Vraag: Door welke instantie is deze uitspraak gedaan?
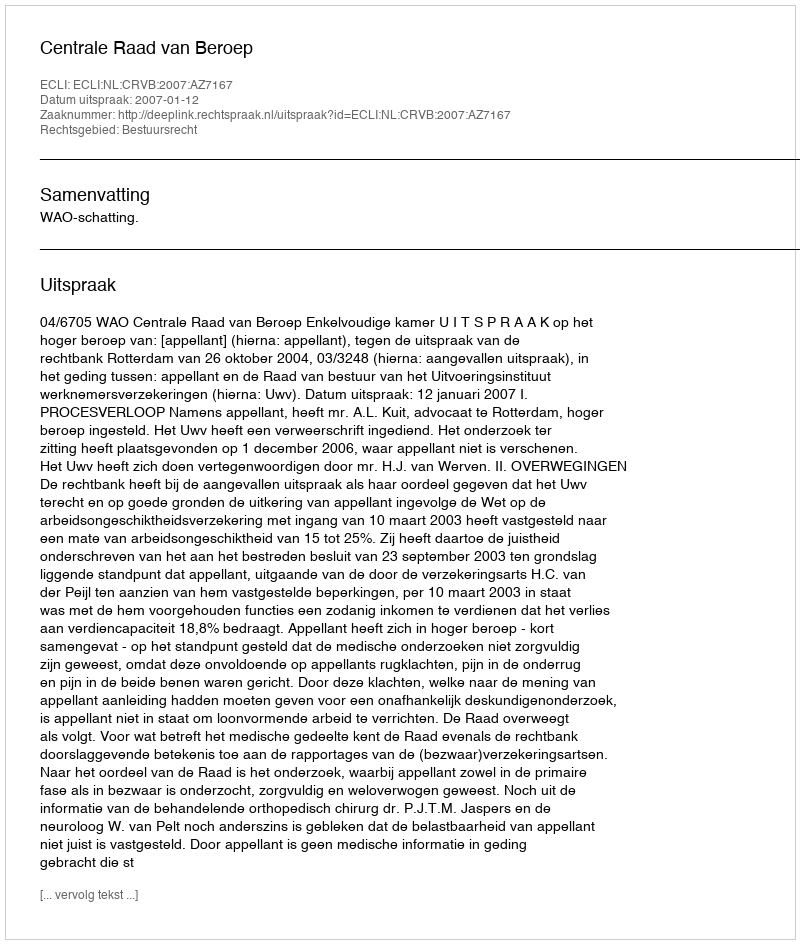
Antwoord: Centrale Raad van Beroep